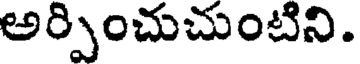
అర్పించుచుంటిని.